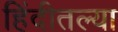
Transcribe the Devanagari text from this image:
हिंदीतल्या